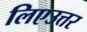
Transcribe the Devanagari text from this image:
लिएउत्तर